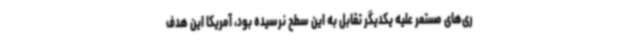
ری‌های مستمر علیه یکدیگر تقابل به این سطح نرسیده بود، آمریکا این هدف